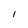
Character: I